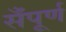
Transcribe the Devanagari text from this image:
सँपूर्ण